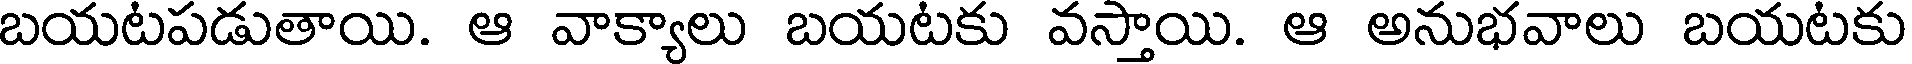
బయటపడుతాయి. ఆ వాక్యాలు బయటకు వస్తాయి. ఆ అనుభవాలు బయటకు